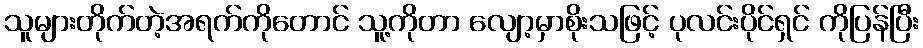
သူများတိုက်တဲ့အရက်ကိုတောင် သူ့ကိုတာ လျော့မှာစိုးသဖြင့် ပုလင်းပိုင်ရှင် ကိုပြန်ပြီး